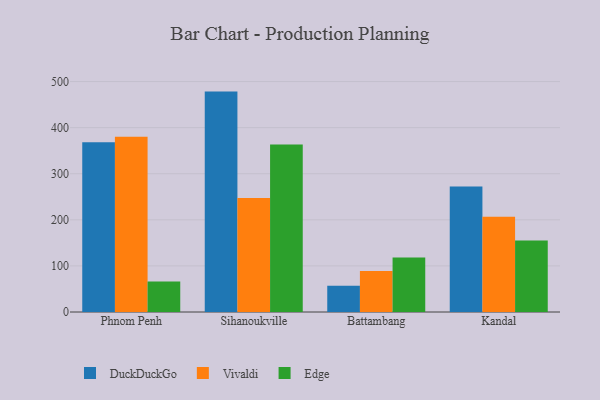
{"axis": {"x": "City", "y": "Production Output"}, "legend": ["DuckDuckGo", "Edge", "Vivaldi"], "data": [{"x": "Phnom Penh", "y": 368.3, "type": "DuckDuckGo"}, {"x": "Phnom Penh", "y": 380.2, "type": "Vivaldi"}, {"x": "Phnom Penh", "y": 66.0, "type": "Edge"}, {"x": "Sihanoukville", "y": 478.2, "type": "DuckDuckGo"}, {"x": "Sihanoukville", "y": 247.1, "type": "Vivaldi"}, {"x": "Sihanoukville", "y": 363.3, "type": "Edge"}, {"x": "Battambang", "y": 57.1, "type": "DuckDuckGo"}, {"x": "Battambang", "y": 88.7, "type": "Vivaldi"}, {"x": "Battambang", "y": 118.1, "type": "Edge"}, {"x": "Kandal", "y": 272.2, "type": "DuckDuckGo"}, {"x": "Kandal", "y": 206.6, "type": "Vivaldi"}, {"x": "Kandal", "y": 155.1, "type": "Edge"}]}